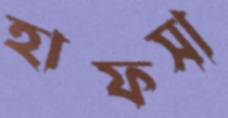
হাফসা